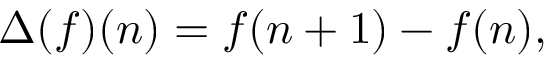
\Delta ( f ) ( n ) = f ( n + 1 ) - f ( n ) ,